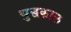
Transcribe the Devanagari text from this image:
युद्घकाल